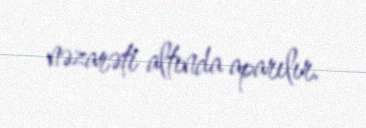
nəzarəti altında aparılır.